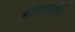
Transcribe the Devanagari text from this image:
मारानगोनी